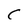
Character: C